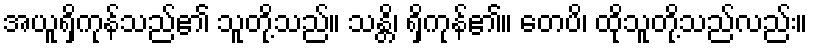
အယူရှိကုန်သည်၏ သူတို့သည်။ သန္တိ၊ ရှိကုန်၏။ တေပိ၊ ထိုသူတို့သည်လည်း။